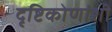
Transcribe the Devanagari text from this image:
दृष्टिकोणांशी